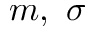
m , ~ \sigma